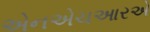
એનએચઆરએ